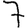
Digit: 7